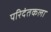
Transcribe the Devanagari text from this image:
परिदंतकला